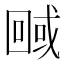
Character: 𭍮